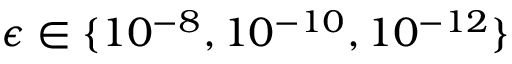
\epsilon \in \{ 1 0 ^ { - 8 } , 1 0 ^ { - 1 0 } , 1 0 ^ { - 1 2 } \}